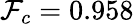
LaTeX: \mathcal{F}_{c}=0.958